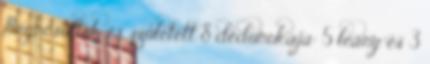
megnősültek és született 8 dédunokája: 5 leány és 3